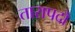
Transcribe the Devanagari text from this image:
तारापदो